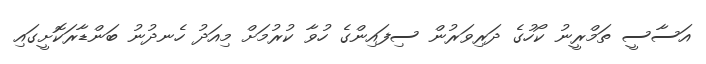
އަސާސީ ތަމްރީނު ކޯހުގެ ދަރިވަރުން ސިފައިންގެ ހުވާ ކުރުމަށް މިއަދު ހެނދުނު ބަންޑާރަކޮށީގައި